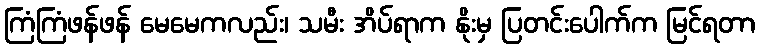
ကြံကြံဖန်ဖန် မေမေကလည်း၊ သမီး အိပ်ရာက နိုးမှ ပြတင်းပေါက်က မြင်ရတာ